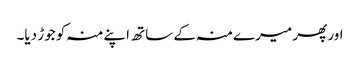
اور پھر میرے منہ کے ساتھ اپنے منہ کو جوڑ دیا۔